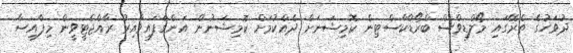
ދުވަހުގެ ތެރޭގައި މޯލްޑިވްސް ބްރޯޑްކާސްޓިން ކޮމިޝަނަށް ދެއްކުމަށް ކޮމިޝަނުން އަންގާފައިވާއިރު ރާއްޖެޓީވީން މިފާއިސާ